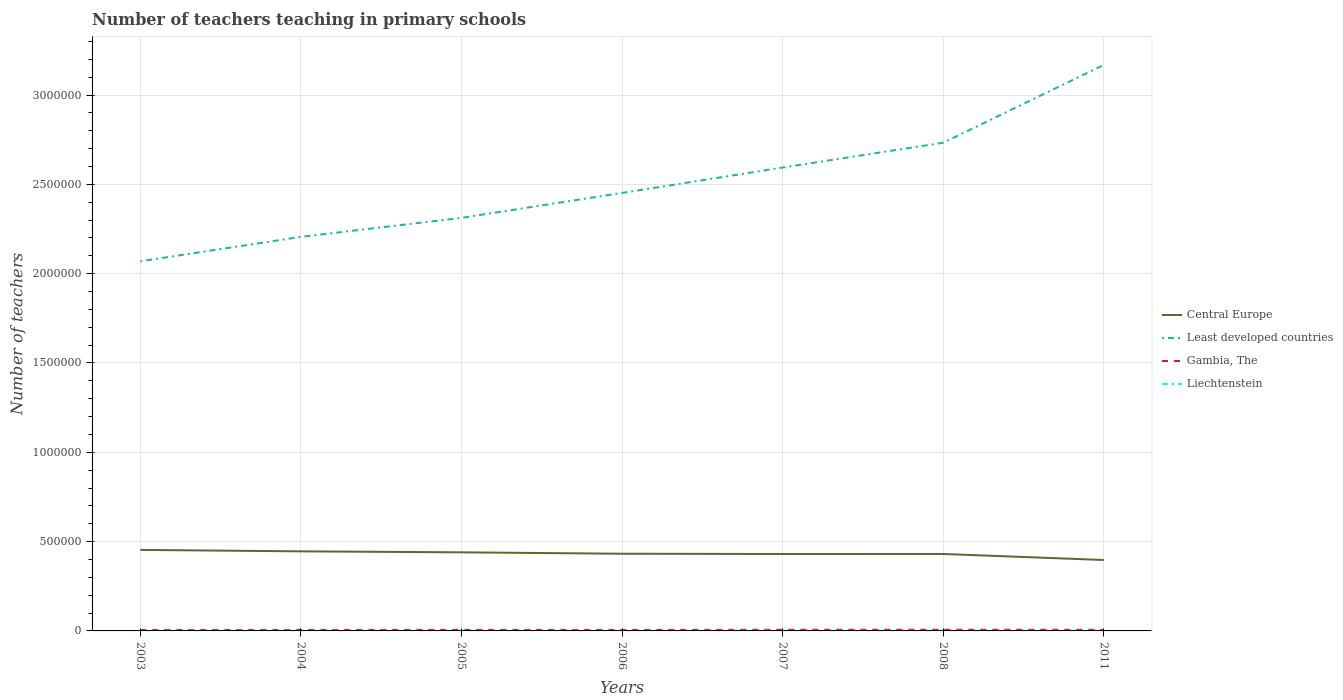
| Years | Central Europe | Least developed countries | Gambia, The | Liechtenstein |
 | --- | --- | --- | --- | --- |
 | 2003 | 4.54e+05 | 2.07e+06 | 4.98e+03 | 242 |
 | 2004 | 4.45e+05 | 2.21e+06 | 5.31e+03 | 260 |
 | 2005 | 4.4e+05 | 2.31e+06 | 5.62e+03 | 260 |
 | 2006 | 4.32e+05 | 2.45e+06 | 5.39e+03 | 268 |
 | 2007 | 4.31e+05 | 2.59e+06 | 6.22e+03 | 315 |
 | 2008 | 4.31e+05 | 2.73e+06 | 6.43e+03 | 332 |
 | 2011 | 3.97e+05 | 3.17e+06 | 6.07e+03 | 257 |